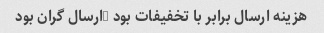
هزینه ارسال برابر با تخفیفات بود …ارسال گران بود